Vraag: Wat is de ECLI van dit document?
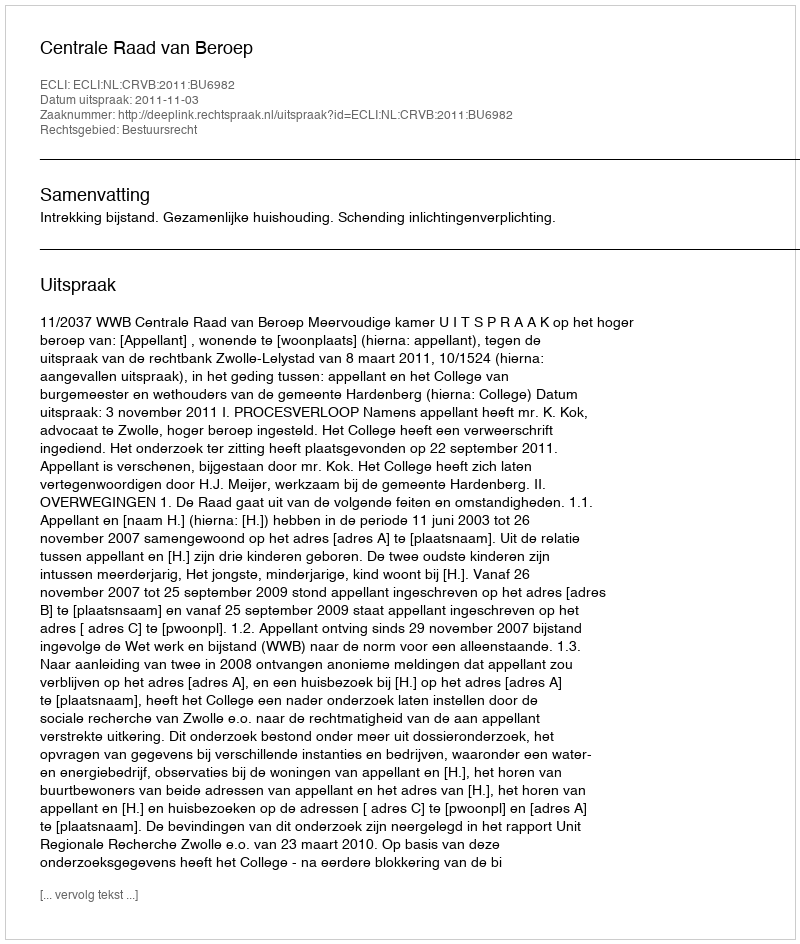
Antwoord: ECLI:NL:CRVB:2011:BU6982